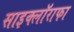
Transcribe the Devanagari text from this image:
साइक्लॉराफा